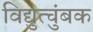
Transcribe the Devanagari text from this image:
विद्युत्चुंबक